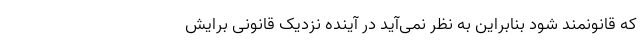
که قانونمند شود بنابراین به نظر نمی‌آید در آینده نزدیک قانونی برایش